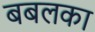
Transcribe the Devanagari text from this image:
बबलका